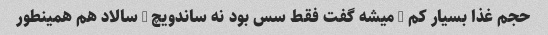
حجم غذا بسیار کم … میشه گفت فقط سس بود نه ساندویچ … سالاد هم همینطور